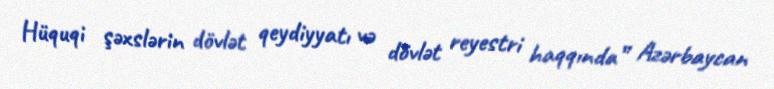
Hüquqi şəxslərin dövlət qeydiyyatı və dövlət reyestri haqqında” Azərbaycan